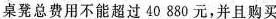
桌凳总费用不能超过40880元，并且购买